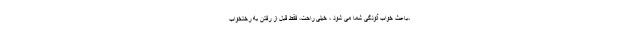
،باعث خواب آلودگی شما می شود ، خیلی راحت، فقط قبل از رفتن به رختخواب